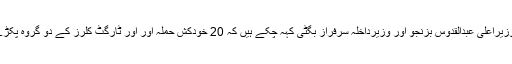
بلوچستان کے وزیراعلیٰ عبدالقدوس بزنجو اور وزیرداخلہ سرفراز بگٹی کہہ چکے ہیں کہ 20 خودکش حملہ آور اور ٹارگٹ کلرز کے دو گروہ پکڑے جاچکے ہیں۔